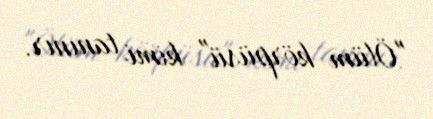
"Ölüm körpüsü" kimi tanınır.